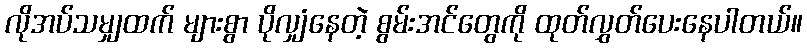
လိုအပ်သမျှထက် များစွာ ပိုလျှံနေတဲ့ စွမ်းအင်တွေကို ထုတ်လွှတ်ပေးနေပါတယ်။